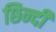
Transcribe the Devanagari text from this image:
छिन्दी